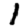
Digit: 1